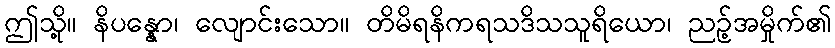
ဤသို့။ နိပန္နော၊ လျောင်းသော။ တိမိရနိကရသဒိသသူရိယော၊ ညဉ့်အမှိုက်၏